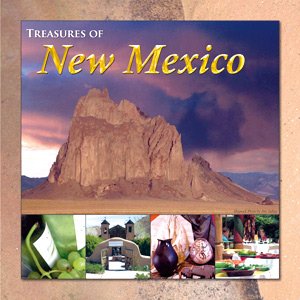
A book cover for Treasures of New Mexico (Treasure Series) (Treasure Series); William Faubion; Travel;